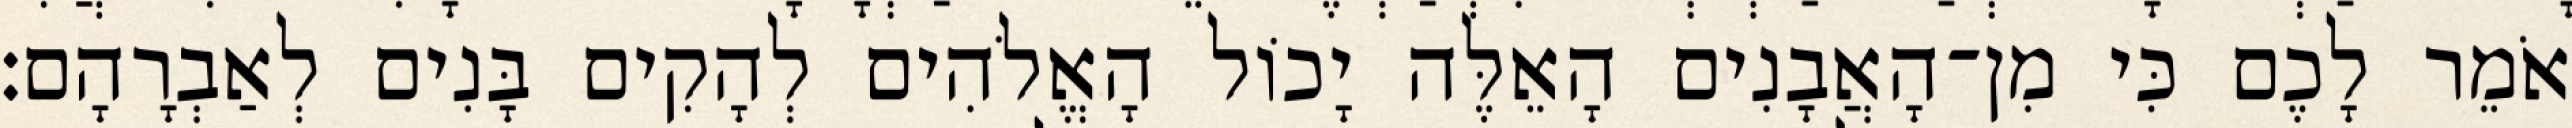
אֹמֵר לָכֶם כִּי מִן־הָאֲבָנִים הָאֵלֶּה יָכוֹל הָאֱלֹהִים לְהָקִים בָּנִים לְאַבְרָהָם׃